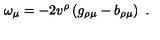
\omega _ { \mu } = - 2 v ^ { \rho } \left( g _ { \rho \mu } - b _ { \rho \mu } \right) \ .